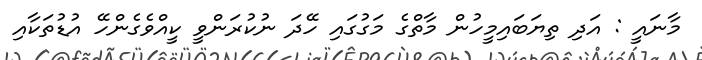
މާނައީ : އަދި ތިޔަބައިމީހުން މާތްގެ މަގުގައި ހޭދަ ނުކުރަންވީ ކީއްވެގެންހޭ އުޑުތަކާއި